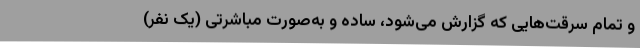
و تمام سرقت‌هایی که گزارش می‌شود، ساده و به‌صورت مباشرتی (یک نفر)